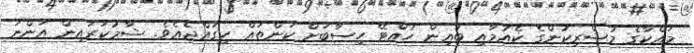
މައްކާގެ މުޝްރިކުންގެ ކެއުމާއި ބުއިން ހުއްޓޭ ހިސާބަށް ކަންތައް ހިގައްޖެއެވެ. ޝާމުކަރައިން އަންނަ